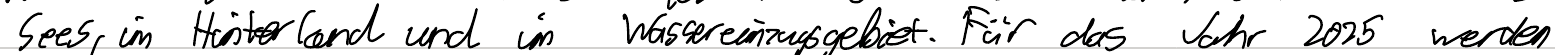
Sees, im Hinterland und im Wassereinzugsgebiet. Für das Jahr 2025 werden